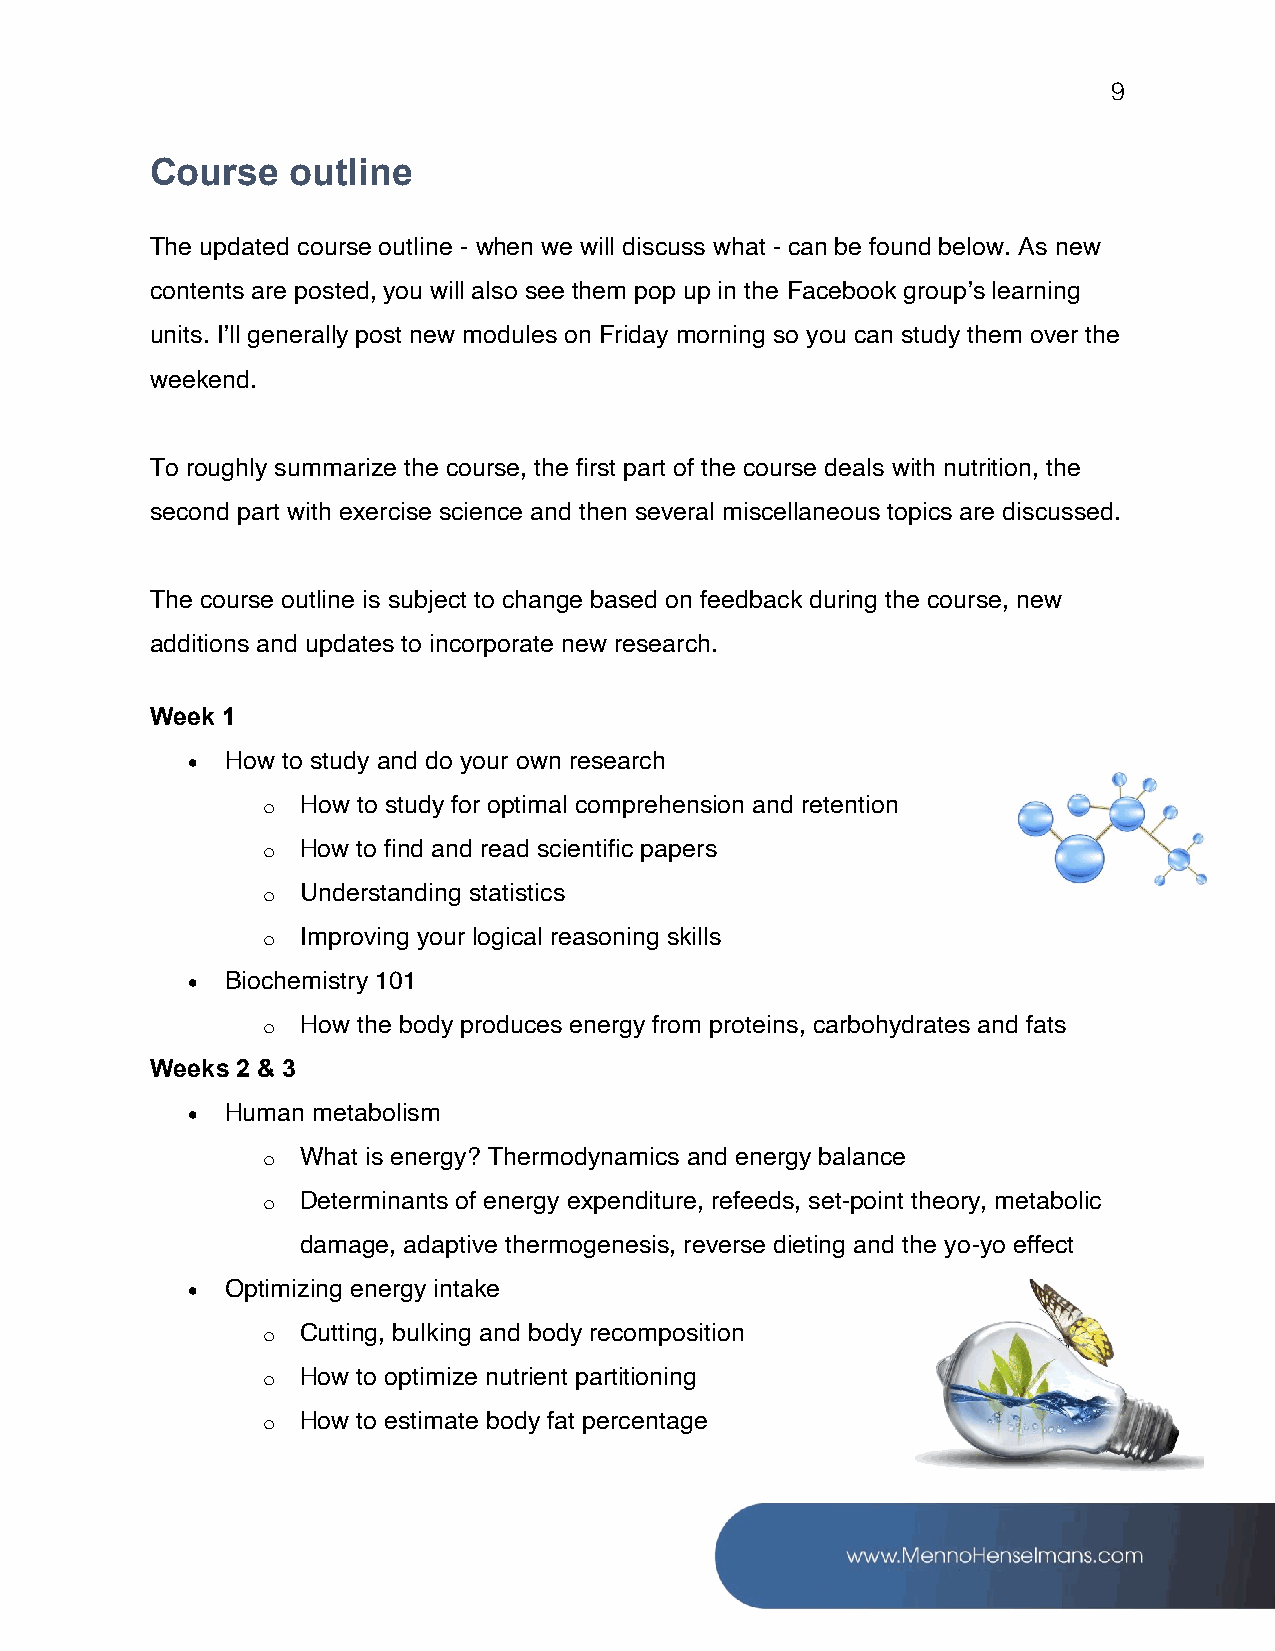
9
 Course   outline
 The updated course outline - when we will discuss what - can be found below. As new
 contents are posted, you will also see them pop up in the Facebook group’s learning
 units. I’ll generally post new modules on Friday morning so you can study them over the
 weekend.
 To roughly summarize the course, the first part of the course deals with nutrition, the
 second part with exercise science and then several miscellaneous topics are discussed.
 The course outline is subject to change based on feedback during the course, new
 additions and updates to incorporate new research.
 Week 1
 •  How to study and do your own research
 o  How to study for optimal comprehension and retention
 o  How to find and read scientific papers
 o  Understanding statistics
 o  Improving your logical reasoning skills
 •  Biochemistry 101
 o  How the body produces energy from proteins, carbohydrates and fats
 Weeks 2 & 3
 •  Human metabolism
 o  What is energy? Thermodynamics and energy balance
 o  Determinants of energy expenditure, refeeds, set-point theory, metabolic
 damage, adaptive thermogenesis, reverse dieting and the yo-yo effect
 •  Optimizing energy intake
 o  Cutting, bulking and body recomposition
 o  How to optimize nutrient partitioning
 o  How to estimate body fat percentage